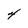
Character: 4